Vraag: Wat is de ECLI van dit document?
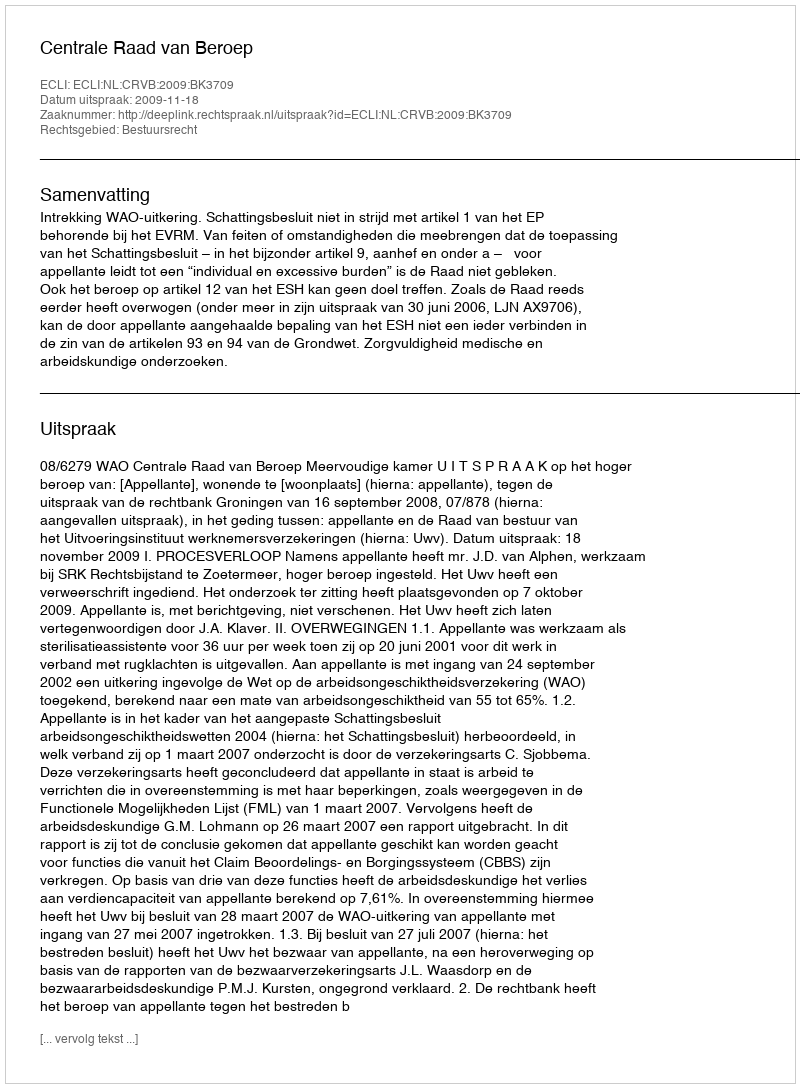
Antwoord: ECLI:NL:CRVB:2009:BK3709